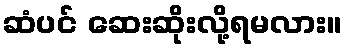
ဆံပင် ဆေးဆိုးလို့ရမလား။